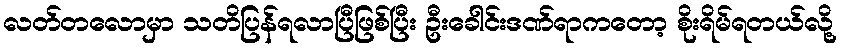
လတ်တလောမှာ သတိပြန်ရလာပြီဖြစ်ပြီး ဦးခေါင်းဒဏ်ရာကတော့ စိုးရိမ်ရတယ်လို့